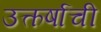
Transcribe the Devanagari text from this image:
उत्कर्षाची